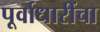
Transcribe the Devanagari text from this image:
पूर्वाधारींचा